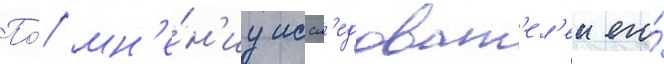
По́ мн'е́н'иу иссл'едоват'ел'еи его́